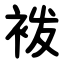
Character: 袯